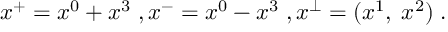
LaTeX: x ^ { + } = x ^ { 0 } + x ^ { 3 } \; , x ^ { - } = x ^ { 0 } - x ^ { 3 } \; , x ^ { \perp } = ( x ^ { 1 } , \; x ^ { 2 } ) \; .